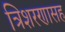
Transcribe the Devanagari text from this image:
त्रिशरणासह